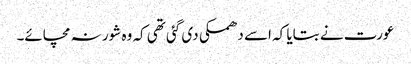
عورت نے بتایا کہ اسے دھمکی دی گئی تھی کہ وہ شور نہ مچائے۔